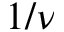
1 / \nu